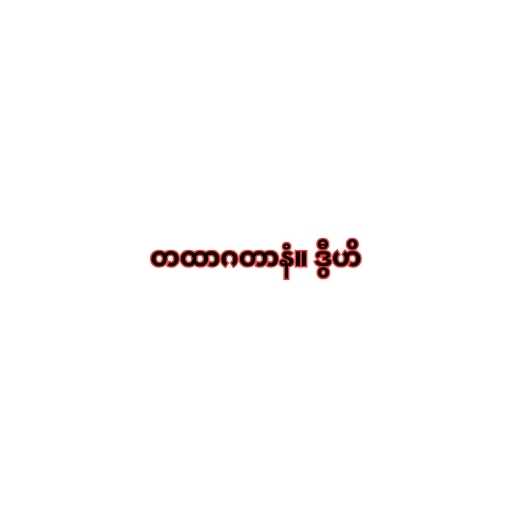
တထာဂတာနံ။ ဒွီဟိ